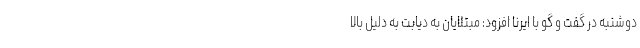
دوشنبه در گفت و گو با ایرنا افزود: مبتلایان به دیابت به دلیل بالا